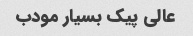
عالی پیک بسیار مودب